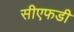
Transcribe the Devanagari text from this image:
सीएफडी